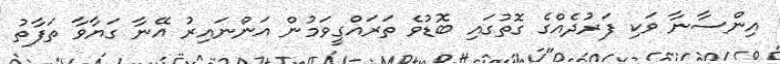
އިންސާނާ ވަކި ފަރުދެއްގެ ގޮތުގައި ބޮޑުވެ ތަރައްގީވަމުން އަންނައިރު އޭނާ ގަޔާވާ ތަފާތު